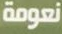
نعومة